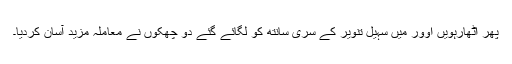
پھر اٹھارہویں اوور میں سہیل تنویر کے سری سانتھ کو لگائے گئے دو چھکوں نے معاملہ مزید آسان کردیا۔